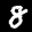
Label: 8